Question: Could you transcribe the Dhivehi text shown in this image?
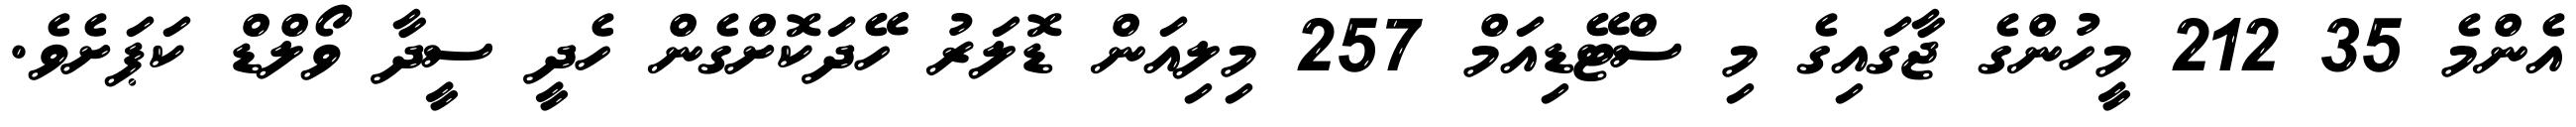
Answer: އެންމެ 35 212 މީހުންގެ ޖާގައިގެ މި ސްޓޭޑިއަމް 257 މިލިއަން ޑޮލަރު ހޭދަކޮށްގެން ހެދީ ސީދާ ވޯލްޑް ކަޕަށެވެ.